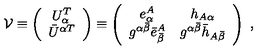
{ \cal V } \equiv \left( \begin{array} { c } { U _ { \alpha } ^ { T } } \\ { \bar { U } ^ { \alpha T } } \\ \end{array} \right) \equiv \left( \begin{array} { c c } { e _ { \alpha } ^ { A } } & { h _ { A \alpha } } \\ { g ^ { \alpha \bar { \beta } } \bar { e } _ { \bar { \beta } } ^ { A } } & { g ^ { \alpha \bar { \beta } } \bar { h } _ { A \bar { \beta } } } \\ \end{array} \right) \ ,